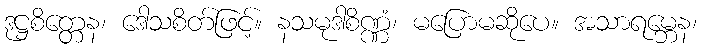
ဒုဋ္ဌစိတ္တေန၊ ဒေါသစိတ်ဖြင့်။ နသမုဒါစိဏ္ဏံ၊ မပြောမဆိုပေ။ အသာရမ္ဘေန၊